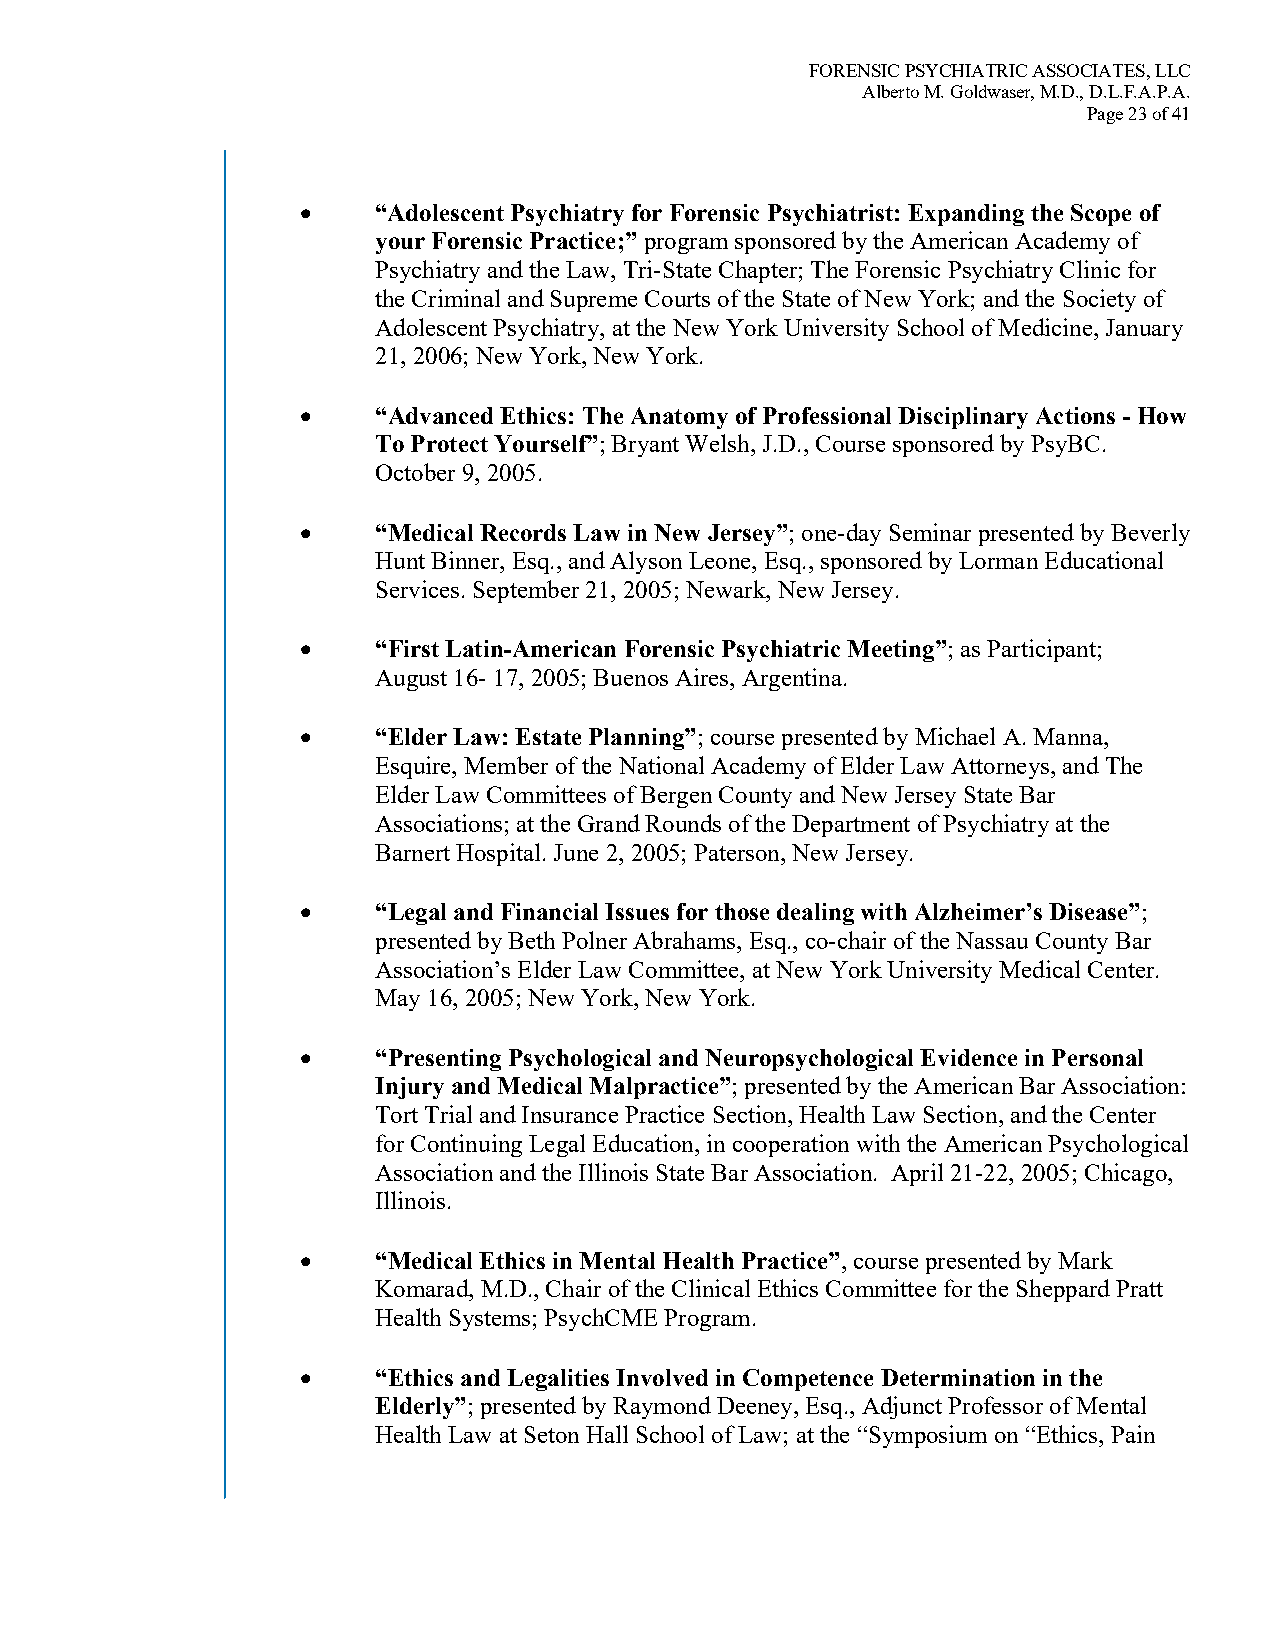
FORENSIC PSYCHIATRIC ASSOCIATES, LLC
 Alberto M. Goldwaser, M.D., D.L.F.A.P.A.
 Page 23 of 41
 •    “Adolescent Psychiatry for Forensic Psychiatrist: Expanding the Scope of
 your Forensic Practice;” program sponsored by the American Academy of
 Psychiatry and the Law, Tri-State Chapter; The Forensic Psychiatry Clinic for
 the Criminal and Supreme Courts of the State of New York; and the Society of
 Adolescent Psychiatry, at the New York University School of Medicine, January
 21, 2006; New York, New York.
 •    “Advanced Ethics: The Anatomy of Professional Disciplinary Actions - How
 To Protect Yourself”; Bryant Welsh, J.D., Course sponsored by PsyBC.
 October 9, 2005.
 •    “Medical Records Law in New Jersey”; one-day Seminar presented by Beverly
 Hunt Binner, Esq., and Alyson Leone, Esq., sponsored by Lorman Educational
 Services. September 21, 2005; Newark, New Jersey.
 •    “First Latin-American Forensic Psychiatric Meeting”; as Participant;
 August 16- 17, 2005; Buenos Aires, Argentina.
 •    “Elder Law: Estate Planning”; course presented by Michael A. Manna,
 Esquire, Member of the National Academy of Elder Law Attorneys, and The
 Elder Law Committees of Bergen County and New Jersey State Bar
 Associations; at the Grand Rounds of the Department of Psychiatry at the
 Barnert Hospital. June 2, 2005; Paterson, New Jersey.
 •    “Legal and Financial Issues for those dealing with Alzheimer’s Disease”;
 presented by Beth Polner Abrahams, Esq., co-chair of the Nassau County Bar
 Association’s Elder Law Committee, at New York University Medical Center.
 May 16, 2005; New York, New York.
 •    “Presenting Psychological and Neuropsychological Evidence in Personal
 Injury and Medical Malpractice”; presented by the American Bar Association:
 Tort Trial and Insurance Practice Section, Health Law Section, and the Center
 for Continuing Legal Education, in cooperation with the American Psychological
 Association and the Illinois State Bar Association. April 21-22, 2005; Chicago,
 Illinois.
 •    “Medical Ethics in Mental Health Practice”, course presented by Mark
 Komarad, M.D., Chair of the Clinical Ethics Committee for the Sheppard Pratt
 Health Systems; PsychCME Program.
 •    “Ethics and Legalities Involved in Competence Determination in the
 Elderly”; presented by Raymond Deeney, Esq., Adjunct Professor of Mental
 Health Law at Seton Hall School of Law; at the “Symposium on “Ethics, Pain